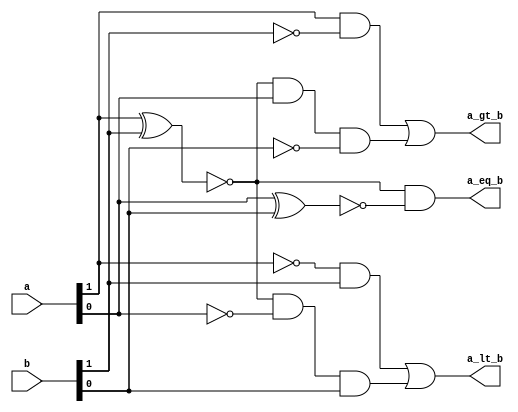
`timescale 1ns / 1ps
//////////////////////////////////////////////////////////////////////////////////
// Company: Davis Semiconductor
// 
// Design Name: 
// Module Name: two_bit_comparator
// Project Name: 
// Target Devices: Arty A7-35T
// Tool Versions: Vivado 2020.1
// Description: Compares magnitude of 2 2-bit numbers a, b.  Returns a 1 if:
//                 a > b
//                 a < b
//                 a = b
//               The outputs are mutually exclusive. 
// 
// Dependencies: 
// 
// Revision:
// Revision 0.01 - File Created
// Additional Comments:
// 
//////////////////////////////////////////////////////////////////////////////////


module two_bit_comparator(
    input [1:0] a,
    input [1:0] b,
    output a_gt_b,
    output a_lt_b,
    output a_eq_b
    );

  assign a_gt_b = (a[1] & ~b[1]) | (~(a[1] ^ b[1]) & a[0] & ~b[0]);
  assign a_lt_b = (~a[1] & b[1]) | (~(a[1] ^ b[1]) & ~a[0] & b[0]);
  assign a_eq_b = ~(a[1] ^ b[1]) & ~(a[0] ^ b[0]);
  
endmodule